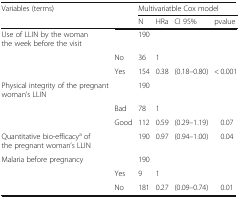
<table><thead><tr><td rowspan="2"><b>Variables (terms)</b></td><td></td><td colspan="4"><b>Multivariatble Cox model</b></td></tr><tr><td></td><td><b>N</b></td><td><b>HRa</b></td><td><b>CI 95%</b></td><td><b>pvalue</b></td></tr></thead><tbody><tr><td>Use of LLIN by the woman the week before the visit</td><td></td><td>190</td><td></td><td></td><td></td></tr><tr><td></td><td>No</td><td>36</td><td>1</td><td></td><td></td></tr><tr><td></td><td>Yes</td><td>154</td><td>0.38</td><td>(0.18–0.80)</td><td>&lt; 0.001</td></tr><tr><td>Physical integrity of the pregnant woman’s LLIN</td><td></td><td>190</td><td></td><td></td><td></td></tr><tr><td></td><td>Bad</td><td>78</td><td>1</td><td></td><td></td></tr><tr><td></td><td>Good</td><td>112</td><td>0.59</td><td>(0.29–1.19)</td><td>0.07</td></tr><tr><td>Quantitative bio-efficacy<sup>a</sup> of the pregnant woman’s LLIN</td><td></td><td>190</td><td>0.97</td><td>(0.94–1.00)</td><td>0.04</td></tr><tr><td>Malaria before pregnancy</td><td></td><td>190</td><td></td><td></td><td></td></tr><tr><td></td><td>Yes</td><td>9</td><td>1</td><td></td><td></td></tr><tr><td></td><td>No</td><td>181</td><td>0.27</td><td>(0.09–0.74)</td><td>0.01</td></tr></tbody></table>